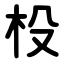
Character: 杸